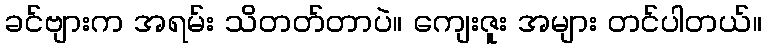
ခင်ဗျားက အရမ်း သိတတ်တာပဲ။ ကျေးဇူး အများ တင်ပါတယ်။